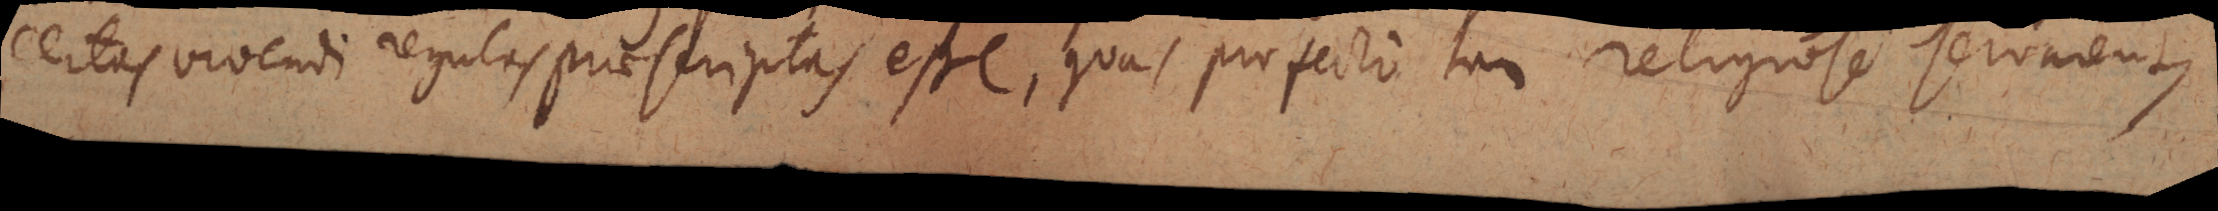
certas vivendi regulas praescriptas esse, quas profecto tam religiose servarent,